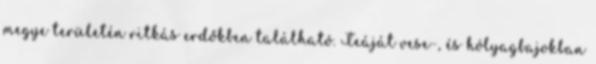
megye területén ritkás erdőkben található. Teáját vese-, és hólyagbajokban